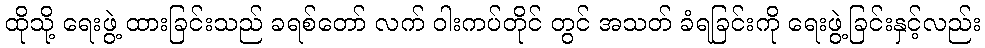
ထိုသို့ ရေးဖွဲ့ ထားခြင်းသည် ခရစ်တော် လက် ဝါးကပ်တိုင် တွင် အသတ် ခံရခြင်းကို ရေးဖွဲ့ခြင်းနှင့်လည်း